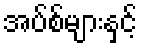
အပ်စ်များနှင့်